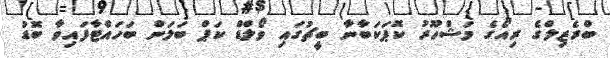
ބްރެޒިލްގެ ރިއޯގެ މަޝްހޫރު ކޮޕަކަބާނާ ބީޗުގައި ވޯލްޑް ކަޕް ބަލަން ބަހައްޓާފައިވާ ބޮޑު